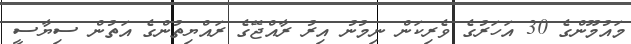
މައުމޫންގެ 30 އަހަރުގެ ވެރިކަން ނިމުނު އިރު ރާއްޖޭގެ ރައްޔިތުންގެ އަތުން ސިޔާސީ